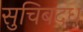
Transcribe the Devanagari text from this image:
सुचिबदध